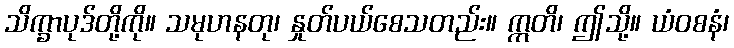
သိက္ခာပုဒ်တို့ကို။ သမုဟနတု၊ နှုတ်ပယ်စေသတည်း။ ဣတိ၊ ဤသို့။ ယံဝစနံ၊